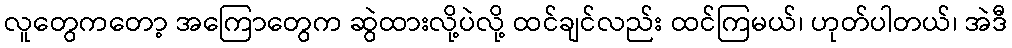
လူတွေကတော့ အကြောတွေက ဆွဲထားလို့ပဲလို့ ထင်ချင်လည်း ထင်ကြမယ်၊ ဟုတ်ပါတယ်၊ အဲဒီ